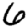
Digit: 6